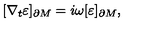
[ \nabla _ { t } \varepsilon ] _ { \partial M } = i \omega [ \varepsilon ] _ { \partial M } ,